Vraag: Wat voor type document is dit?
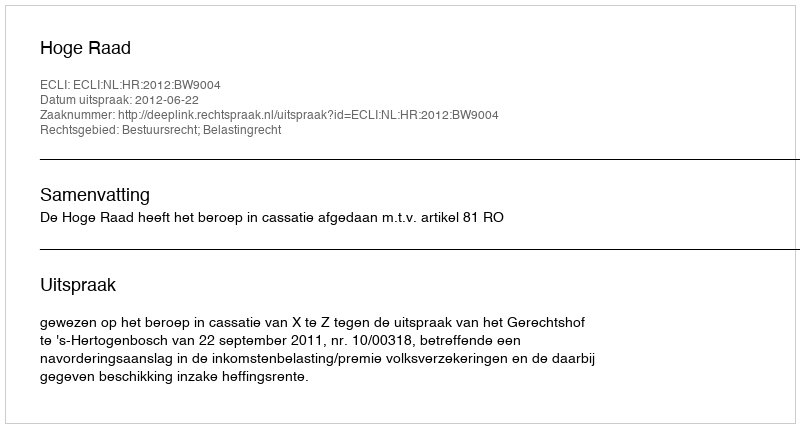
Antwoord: Uitspraak